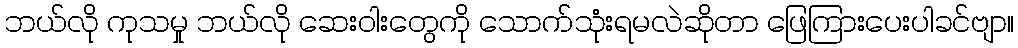
ဘယ်လို ကုသမှု ဘယ်လို ဆေးဝါးတွေကို သောက်သုံးရမလဲဆိုတာ ဖြေကြားပေးပါခင်ဗျာ။